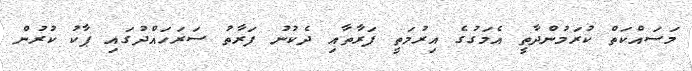
މަސައްކަތް ކުރަމުންދާތީ އެމަގުގެ އިރުމަތީ ފަރާތާއި ދެކުނު ފަރާތު ސަރަހައްދުގައި ޕާކު ކުރުން